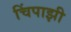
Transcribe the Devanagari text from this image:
चिंपाझी